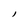
Character: l